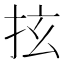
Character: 𢫔